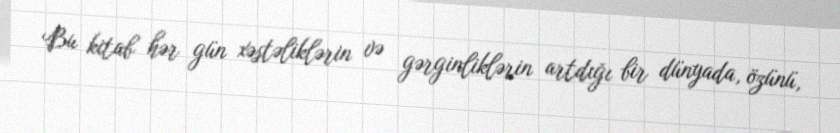
Bu kitab hər gün xəstəliklərin və gərginliklərin artdığı bir dünyada, özünü,